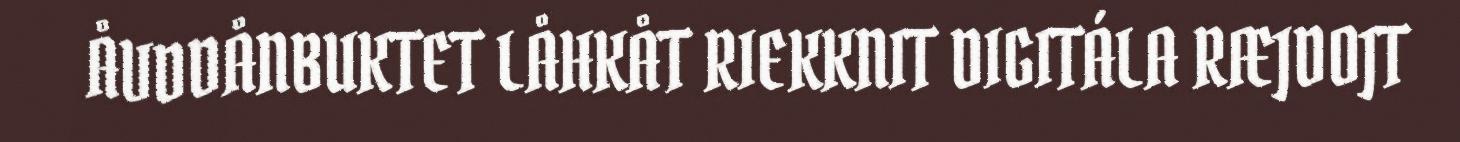
ÅVDDÅNBUKTET LÅHKÅT RIEKKNIT DIGITÁLA RÆJDOJT